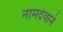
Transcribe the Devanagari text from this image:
नामदेवाने